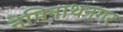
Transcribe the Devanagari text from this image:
नेमिनाथनगर